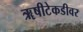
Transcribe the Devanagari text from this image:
ॠषीटेकडीवर